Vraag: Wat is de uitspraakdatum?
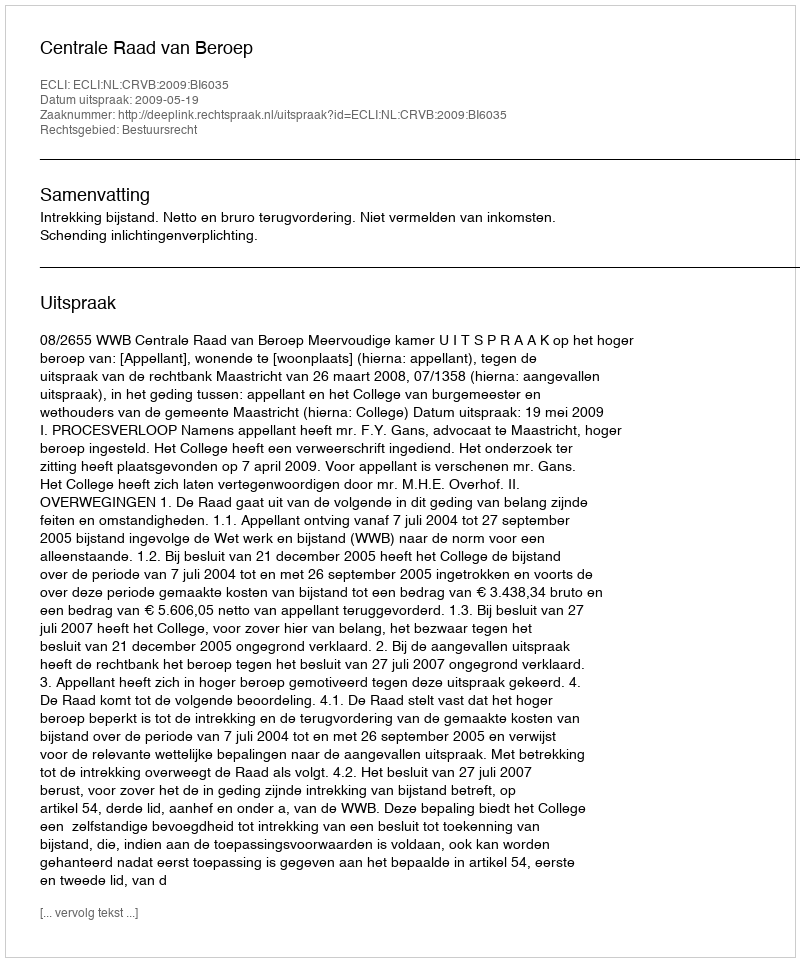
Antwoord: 2009-05-19